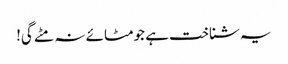
یہ شناخت ہے جومٹائے نہ مٹے گی!